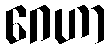
ဂေဟာ